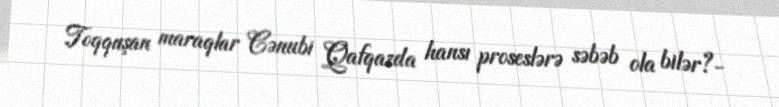
Toqquşan maraqlar Cənubi Qafqazda hansı proseslərə səbəb ola bilər?-